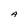
Character: A